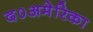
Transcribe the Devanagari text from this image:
द०अमेरिका